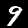
Label: 9